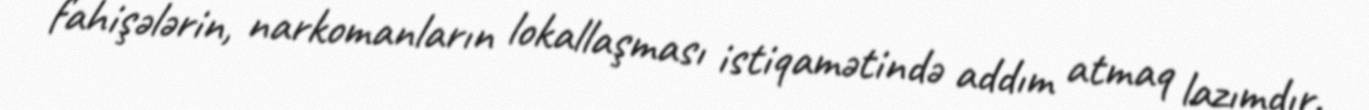
fahişələrin, narkomanların lokallaşması istiqamətində addım atmaq lazımdır.